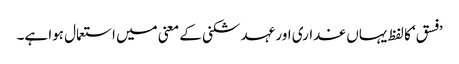
’فسق‘ کا لفظ یہاں غداری اور عہد شکنی کے معنی میں استعمال ہوا ہے۔